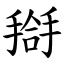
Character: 搿